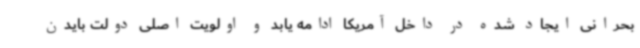
بحرانی ایجاد شده در داخل آمریکا ادامه یابد و اولویت اصلی دولت بایدن